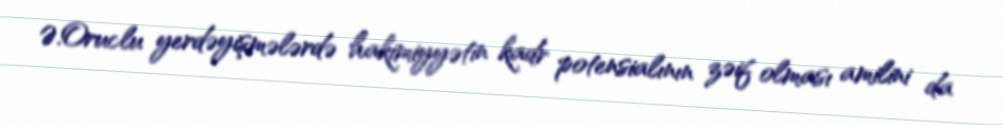
Ə.Oruclu yerdəyişmələrdə hakimiyyətin kadr potensialının zəif olması amilini da